Vaccination in Burma 1920-1933 - 1920-1933
Year: 1920
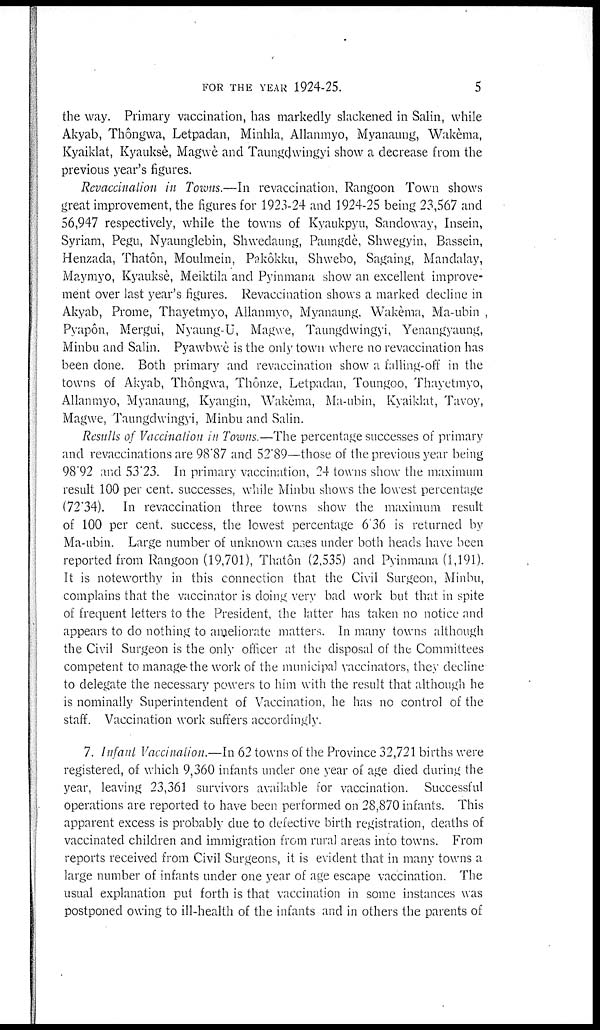
FOR THE YEAR 1924-25.
5
the way. Primary vaccination, has markedly slackened in Salin, while
Akyab, Thôngwa, Letpadan, Minhla, Allanmyo, Myanaung, Wakèma,
Kyaiklat, Kyauksè, Magwè and Taungdwingyi show a decrease from the
previous year's figures.
Revaccination in Towns.—In revaccination, Rangoon Town shows
great improvement, the figures for 1923-24 and 1924-25 being 23,567 and
56,947 respectively, while the towns of Kyaukpyu, Sandoway, Insein,
Syriam, Pegu, Nyaunglebin, Shwedaung, Paungclè, Shwegyin, Bassein,
Henzada, Thatôn, Moulmein, Pakôkku, Shwebo, Sagaing, Mandalay,
Maymyo, Kyauksè, Meiktila and Pyinmana show an excellent improve-
ment over last year's figures. Revaccination shows a marked decline in
Akyab, Prome, Thayetmyo, Allanmyo, Myanaung. Wakèma, Ma-ubin
Pyapôn, Mergui, Nyaung-U, Magwe, Taungdwingyi, Yenangyaung,
Minbu and Salin. Pyawbwè is the only town where no revaccination has
been done. Both primary and revaccination show a falling-off in the
towns of Akyab, Thôngwa, Thônze, Letpadan, Toungoo, Thayetmyo,
Allanmyo, Myanaung, Kyangin, Wakèma, Ma-ubin, Kyaiklat, Tavoy,
Magwe, Taungdwingyi, Minbu and Salin.
Results of Vaccination in Towns.—The percentage successes of primary
and revaccinations are 98.87 and 52.89—those of the previous year being
98.92 and 53.23. In primary vaccination, 24 towns show the maximum
result 100 per cent. successes, while Minbu shows the lowest percentage
(72.34). In revaccination three towns show the maximum result
of 100 per cent. success, the lowest percentage 6.36 is returned by
Ma-ubin. Large number of unknown cases under both heads have been
reported from Rangoon (19,701), Thatôn (2,535) and Pyinmana (1,191).
It is noteworthy in this connection that the Civil Surgeon, Minbu,
complains that the vaccinator is doing very bad work but that in spite
of frequent letters to the President, the latter has taken no notice and
appears to do nothing to ameliorate matters. In many towns although
the Civil Surgeon is the only officer at the disposal of the Committees
competent to manage-the work of the municipal vaccinators, they decline
to delegate the necessary powers to him with the result that although he
is nominally Superintendent of Vaccination, he has no control of the
staff. Vaccination work suffers accordingly.
7. Infant Vaccination.—In 62 towns of the Province 32,721 births were
registered, of which 9,360 infants under one year of age died during the
year, leaving 23,361 survivors available for vaccination. Successful
operations are reported to have been performed on 28,870 infants. This
apparent excess is probably due to defective birth registration, deaths of
vaccinated children and immigration from rural areas into towns. From
reports received from Civil Surgeons, it is evident that in many towns a
large number of infants under one year of age escape vaccination. The
usual explanation put forth is that vaccination in some instances was
postponed owing to ill-health of the infants and in others the parents of